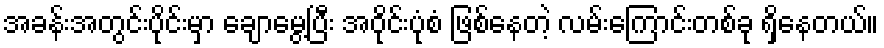
အခန်းအတွင်းပိုင်းမှာ ချောမွေ့ပြီး အဝိုင်းပုံစံ ဖြစ်နေတဲ့ လမ်းကြောင်းတစ်ခု ရှိနေတယ်။